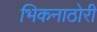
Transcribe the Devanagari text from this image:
भिकनाठोरी